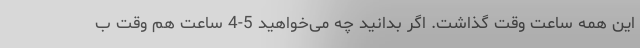
این همه ساعت وقت گذاشت. اگر بدانید چه می‌خواهید 5-4 ساعت هم وقت ب